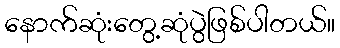
နောက်ဆုံးတွေ့ဆုံပွဲဖြစ်ပါတယ်။